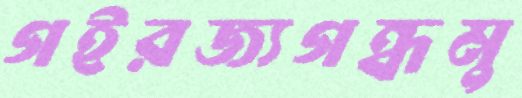
গইরজ্যগন্ধমু